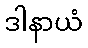
ဒါနာယံ